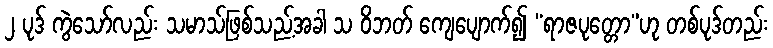
၂ ပုဒ် ကွဲသော်လည်း သမာသ်ဖြစ်သည့်အခါ သ ဝိဘတ် ကျေပျောက်၍ “ရာဇပုတ္တော”ဟု တစ်ပုဒ်တည်း